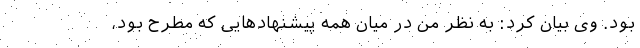
بود. وی بیان کرد: به نظر من در میان همه پیشنهادهایی که مطرح بود،